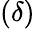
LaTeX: (\delta)